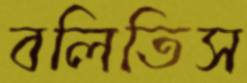
বলিতিস